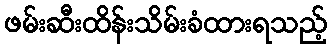
ဖမ်းဆီးထိန်းသိမ်းခံထားရသည့်